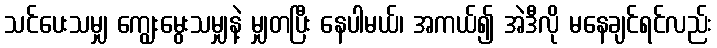
သင်ပေးသမျှ ကျွေးမွေးသမျှနဲ့ မျှတပြီး နေပါမယ်၊ အကယ်၍ အဲဒီလို မနေချင်ရင်လည်း